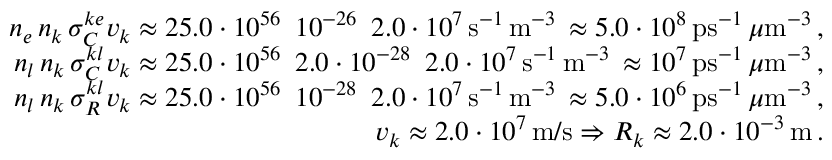
\begin{array} { r l r } & { } & { n _ { e } \, n _ { k } \, \sigma _ { C } ^ { k e } v _ { k } \approx 2 5 . 0 \cdot 1 0 ^ { 5 6 } \, \, \, 1 0 ^ { - 2 6 } \, \, \, 2 . 0 \cdot 1 0 ^ { 7 } \, \mathrm { s } ^ { - 1 } \, \mathrm { m } ^ { - 3 } \, \approx 5 . 0 \cdot 1 0 ^ { 8 } \, \mathrm { p s } ^ { - 1 } \, \mu \mathrm { m } ^ { - 3 } \, , } \\ & { } & { n _ { l } \, n _ { k } \, \sigma _ { C } ^ { k l } v _ { k } \approx 2 5 . 0 \cdot 1 0 ^ { 5 6 } \, \, \, 2 . 0 \cdot 1 0 ^ { - 2 8 } \, \, \, 2 . 0 \cdot 1 0 ^ { 7 } \, \mathrm { s } ^ { - 1 } \, \mathrm { m } ^ { - 3 } \, \approx 1 0 ^ { 7 } \, \mathrm { p s } ^ { - 1 } \, \mu \mathrm { m } ^ { - 3 } \, , } \\ & { } & { n _ { l } \, n _ { k } \, \sigma _ { R } ^ { k l } v _ { k } \approx 2 5 . 0 \cdot 1 0 ^ { 5 6 } \, \, \, 1 0 ^ { - 2 8 } \, \, \, 2 . 0 \cdot 1 0 ^ { 7 } \, \mathrm { s } ^ { - 1 } \, \mathrm { m } ^ { - 3 } \, \approx 5 . 0 \cdot 1 0 ^ { 6 } \, \mathrm { p s } ^ { - 1 } \, \mu \mathrm { m } ^ { - 3 } \, , } \\ & { } & { v _ { k } \approx 2 . 0 \cdot 1 0 ^ { 7 } \, \mathrm { m / s } \Rightarrow { \cal R } _ { k } \approx 2 . 0 \cdot 1 0 ^ { - 3 } \, \mathrm { m } \, . } \end{array}